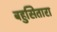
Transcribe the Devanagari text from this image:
बहुसितारा